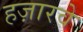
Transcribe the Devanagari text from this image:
हज़ारवे